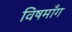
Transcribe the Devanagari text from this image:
विषमाँग